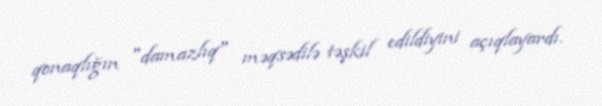
qonaqlığın "damazlıq" məqsədilə təşkil edildiyini açıqlayardı.